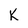
Character: k